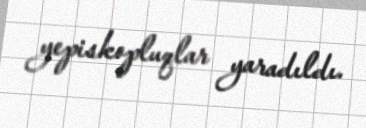
yepiskopluqlar yaradıldı.